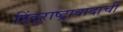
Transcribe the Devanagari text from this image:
हिंदुराष्ट्रावादाची